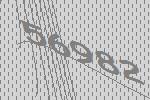
56982